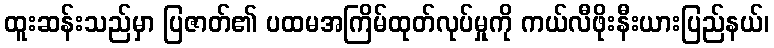
ထူးဆန်းသည်မှာ ပြဇာတ်၏ ပထမအကြိမ်ထုတ်လုပ်မှုကို ကယ်လီဖိုးနီးယားပြည်နယ်၊